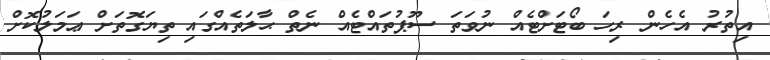
އިތުރު އެހެން ރިހަ ބޯޓަށްޓެއް ނުވަތަ ސޫޕުތައްޓެއް ނެތް ޙާލަތެއްގައި ތިޔަގޮތަށް ޢަމަލުކޮށް